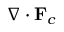
\nabla \cdot \mathbf { F } _ { c }